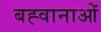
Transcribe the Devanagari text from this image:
बह्वानाओं